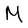
Character: M